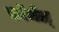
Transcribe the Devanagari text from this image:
फ़ॉर्मल्